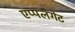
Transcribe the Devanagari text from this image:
एप्पलगेट